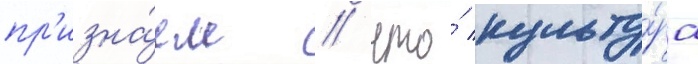
пр'изна́ем / что́ культу́ра